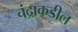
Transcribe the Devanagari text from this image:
चंद्राकडील